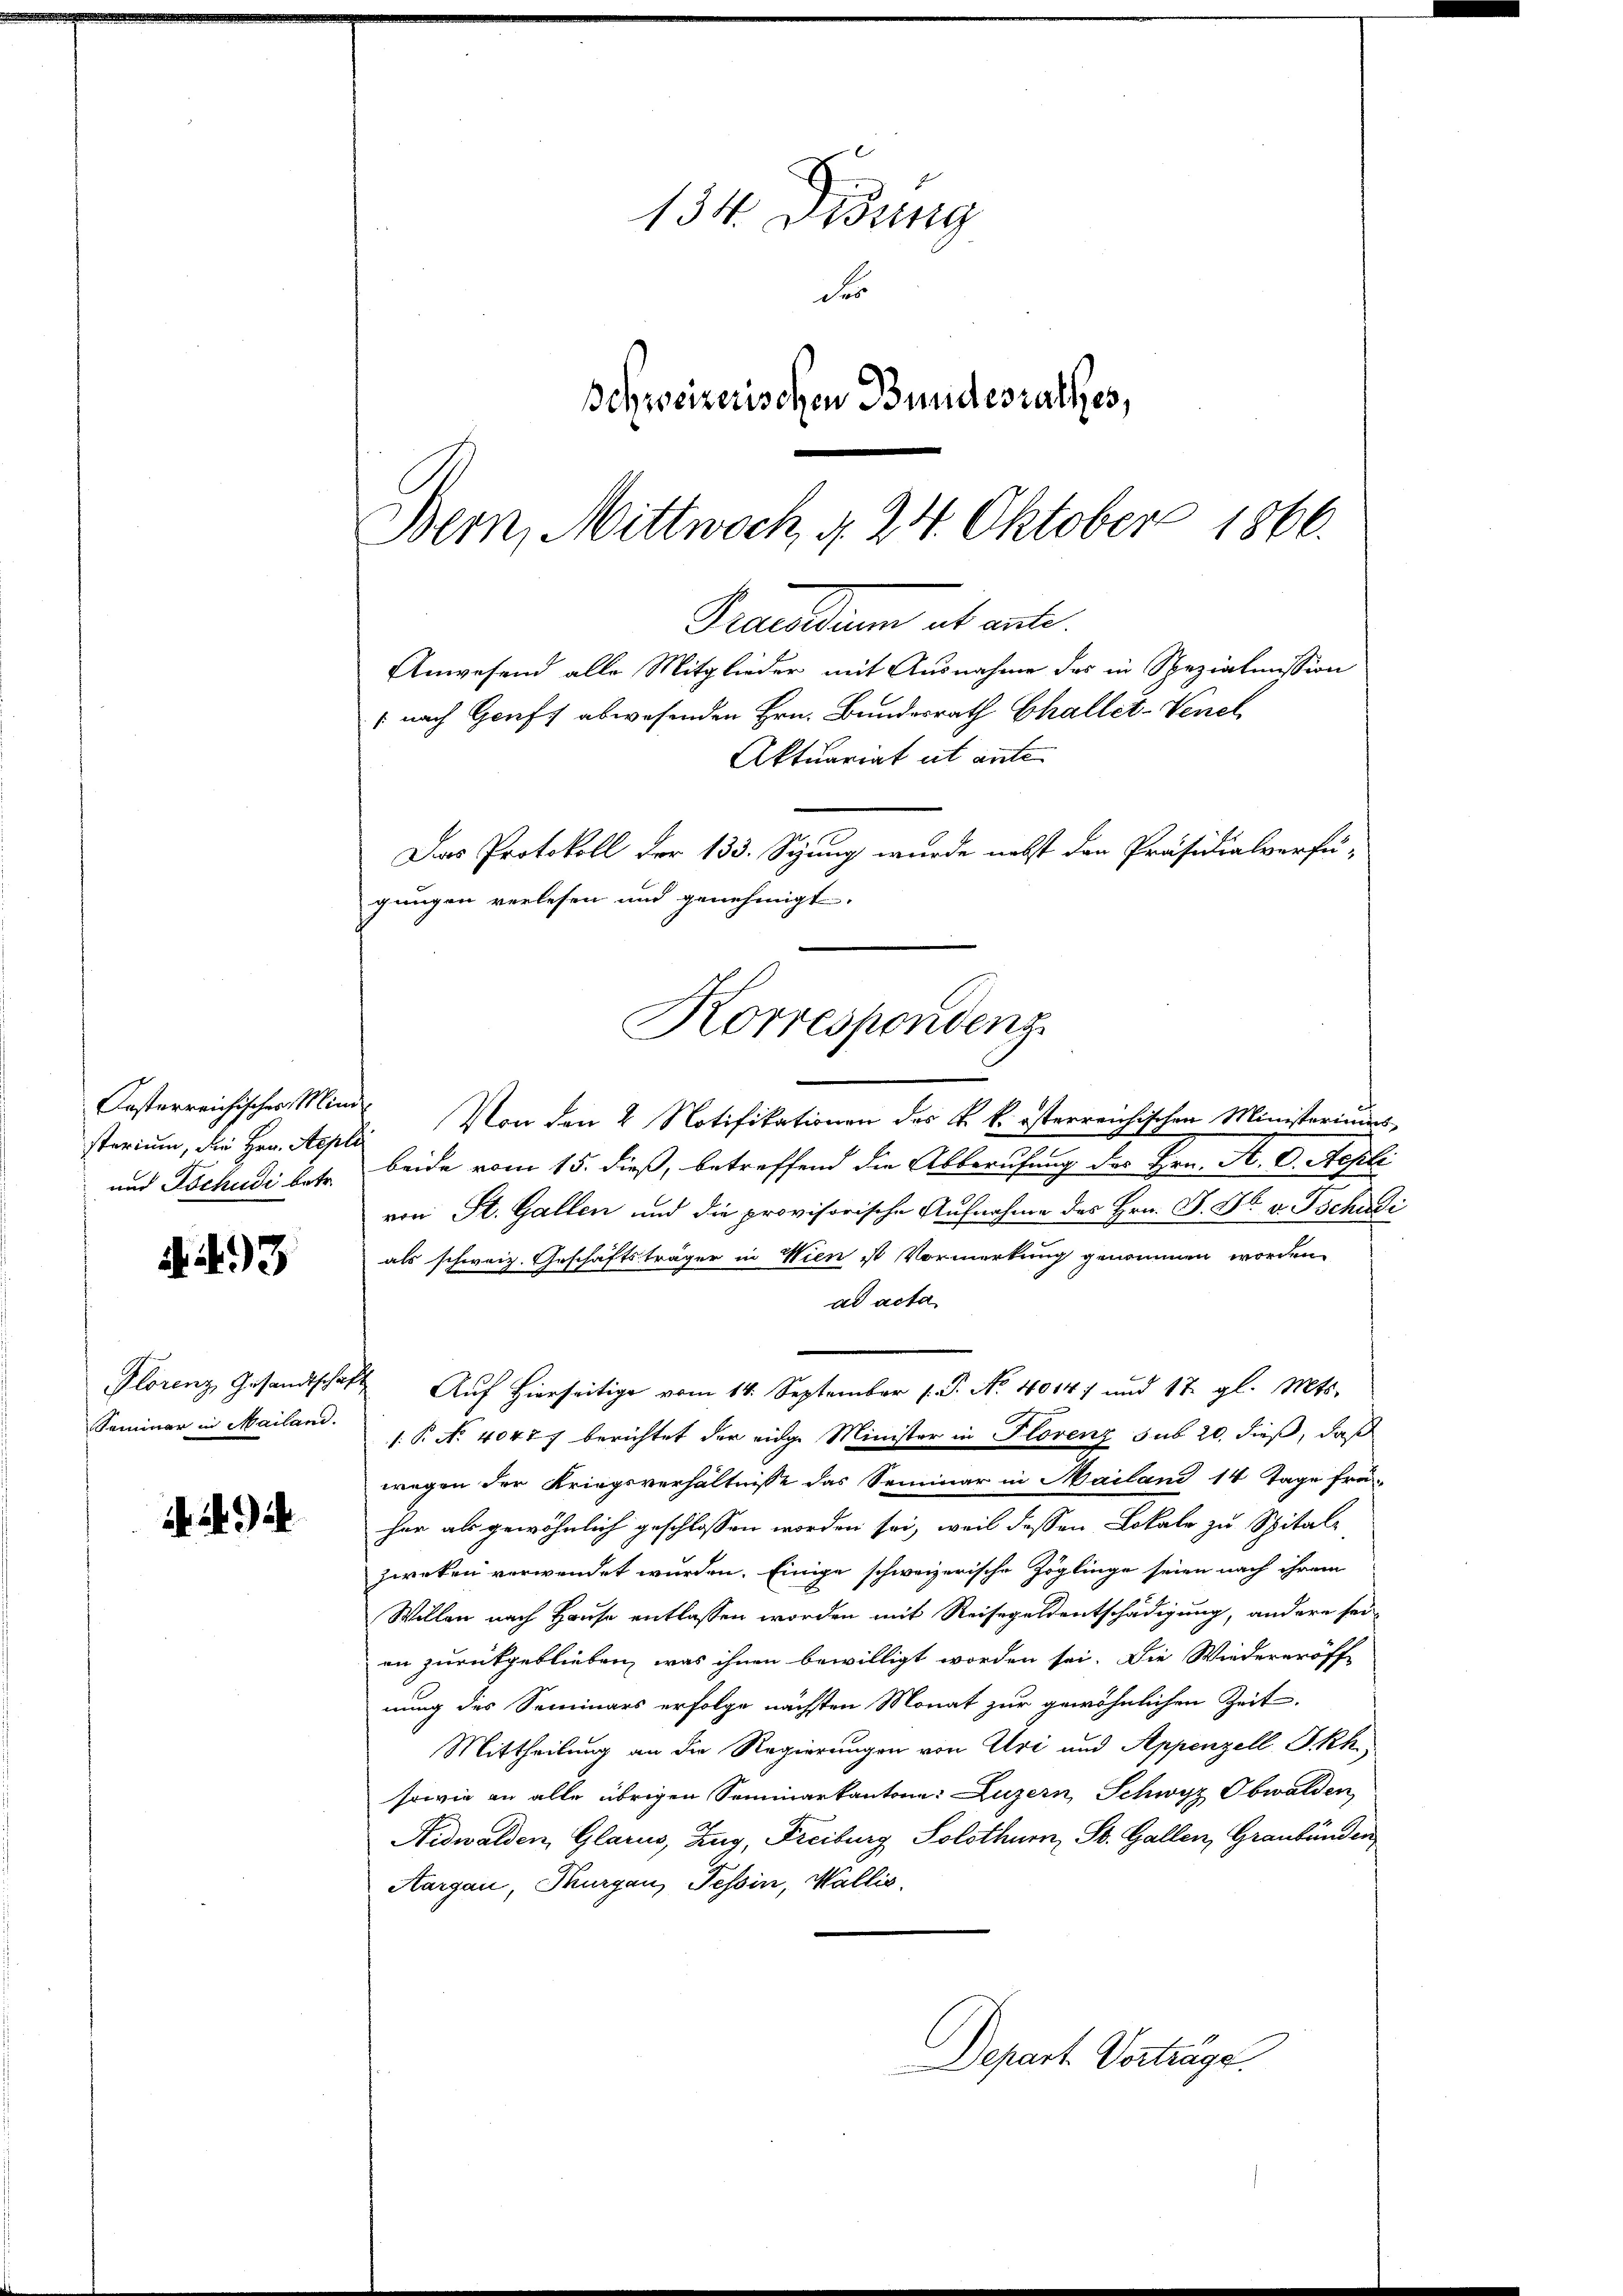
Oesterreichisches Ministerium, die Hrn. Aepli

A. 493

. . . .

134. Desung
der
schweizerischen Bundesrathes,
Bern, Mittwoch, d. 24. Oktober 1866.

Das Protokoll der 133. Sizung wurde nebst den Präsidialverfü-
gungen verlesen und genehmigt.
Korrespondenz

Von den 2 Notifikationen des k. k. österreichischen Ministeriums
und Tochudi betr. beide vom 15. dieß, betreffend die Abberufung des Hrn. A. D. Repli
von St. Gallen und die provisorische Aufnahme des Hrn. J. H. v. Tschudi
als schweiz. Geschäftsträger in Wien ist Vormerkung genommen worden.
ad acta
Plorenz Gesandtschaft Aŭf Hierseitige vom 14. September 1. P. Nr. 40147 und 17. gl. Mts.
Saminer in Mailand. B. No. 40427 berichtet der eidge Minister in Flovenz sub 20. dieß, daß
wegen der Kriegsverhältnisse das Seminar in Mailand 14 Tage frei-
her als gewöhnlich geschlossen worden sei, weil deßen Lokale zu Spitals,
Zweken verwendet wurden. Einige schweizerische Zöglinge seien nach ihrem
Willen nach Hause entlassen worden mit Reisegeldentschädigung, andere seian zurückgeblieben, was ihnen bewilligt worden sei. Die Wiedereröff-
nung des Seminars erfolge nächsten Monat zur gewöhnlichen Zeit
Mittheilung an die Regierungen von Uri und Appenzell I.Rh.
sowie an alle übrigen Sominarkantone: Luzern, Schwyz Obwalden,
Nidwalden, Glarus, Zug, Freiburg Solothur, St. Gallen, Graubünden
Aargau, Thurgau, Tessin, Wallis.
Depart. Vertrage.

Pactum et aute
Anwesend alle Mitglieder mit Ausnahme des in Spezialmission
 nach Genf abwesenden Hrn. Bundesrath Challet-Venel¬
Aktuariat ist ante